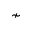
\nsim